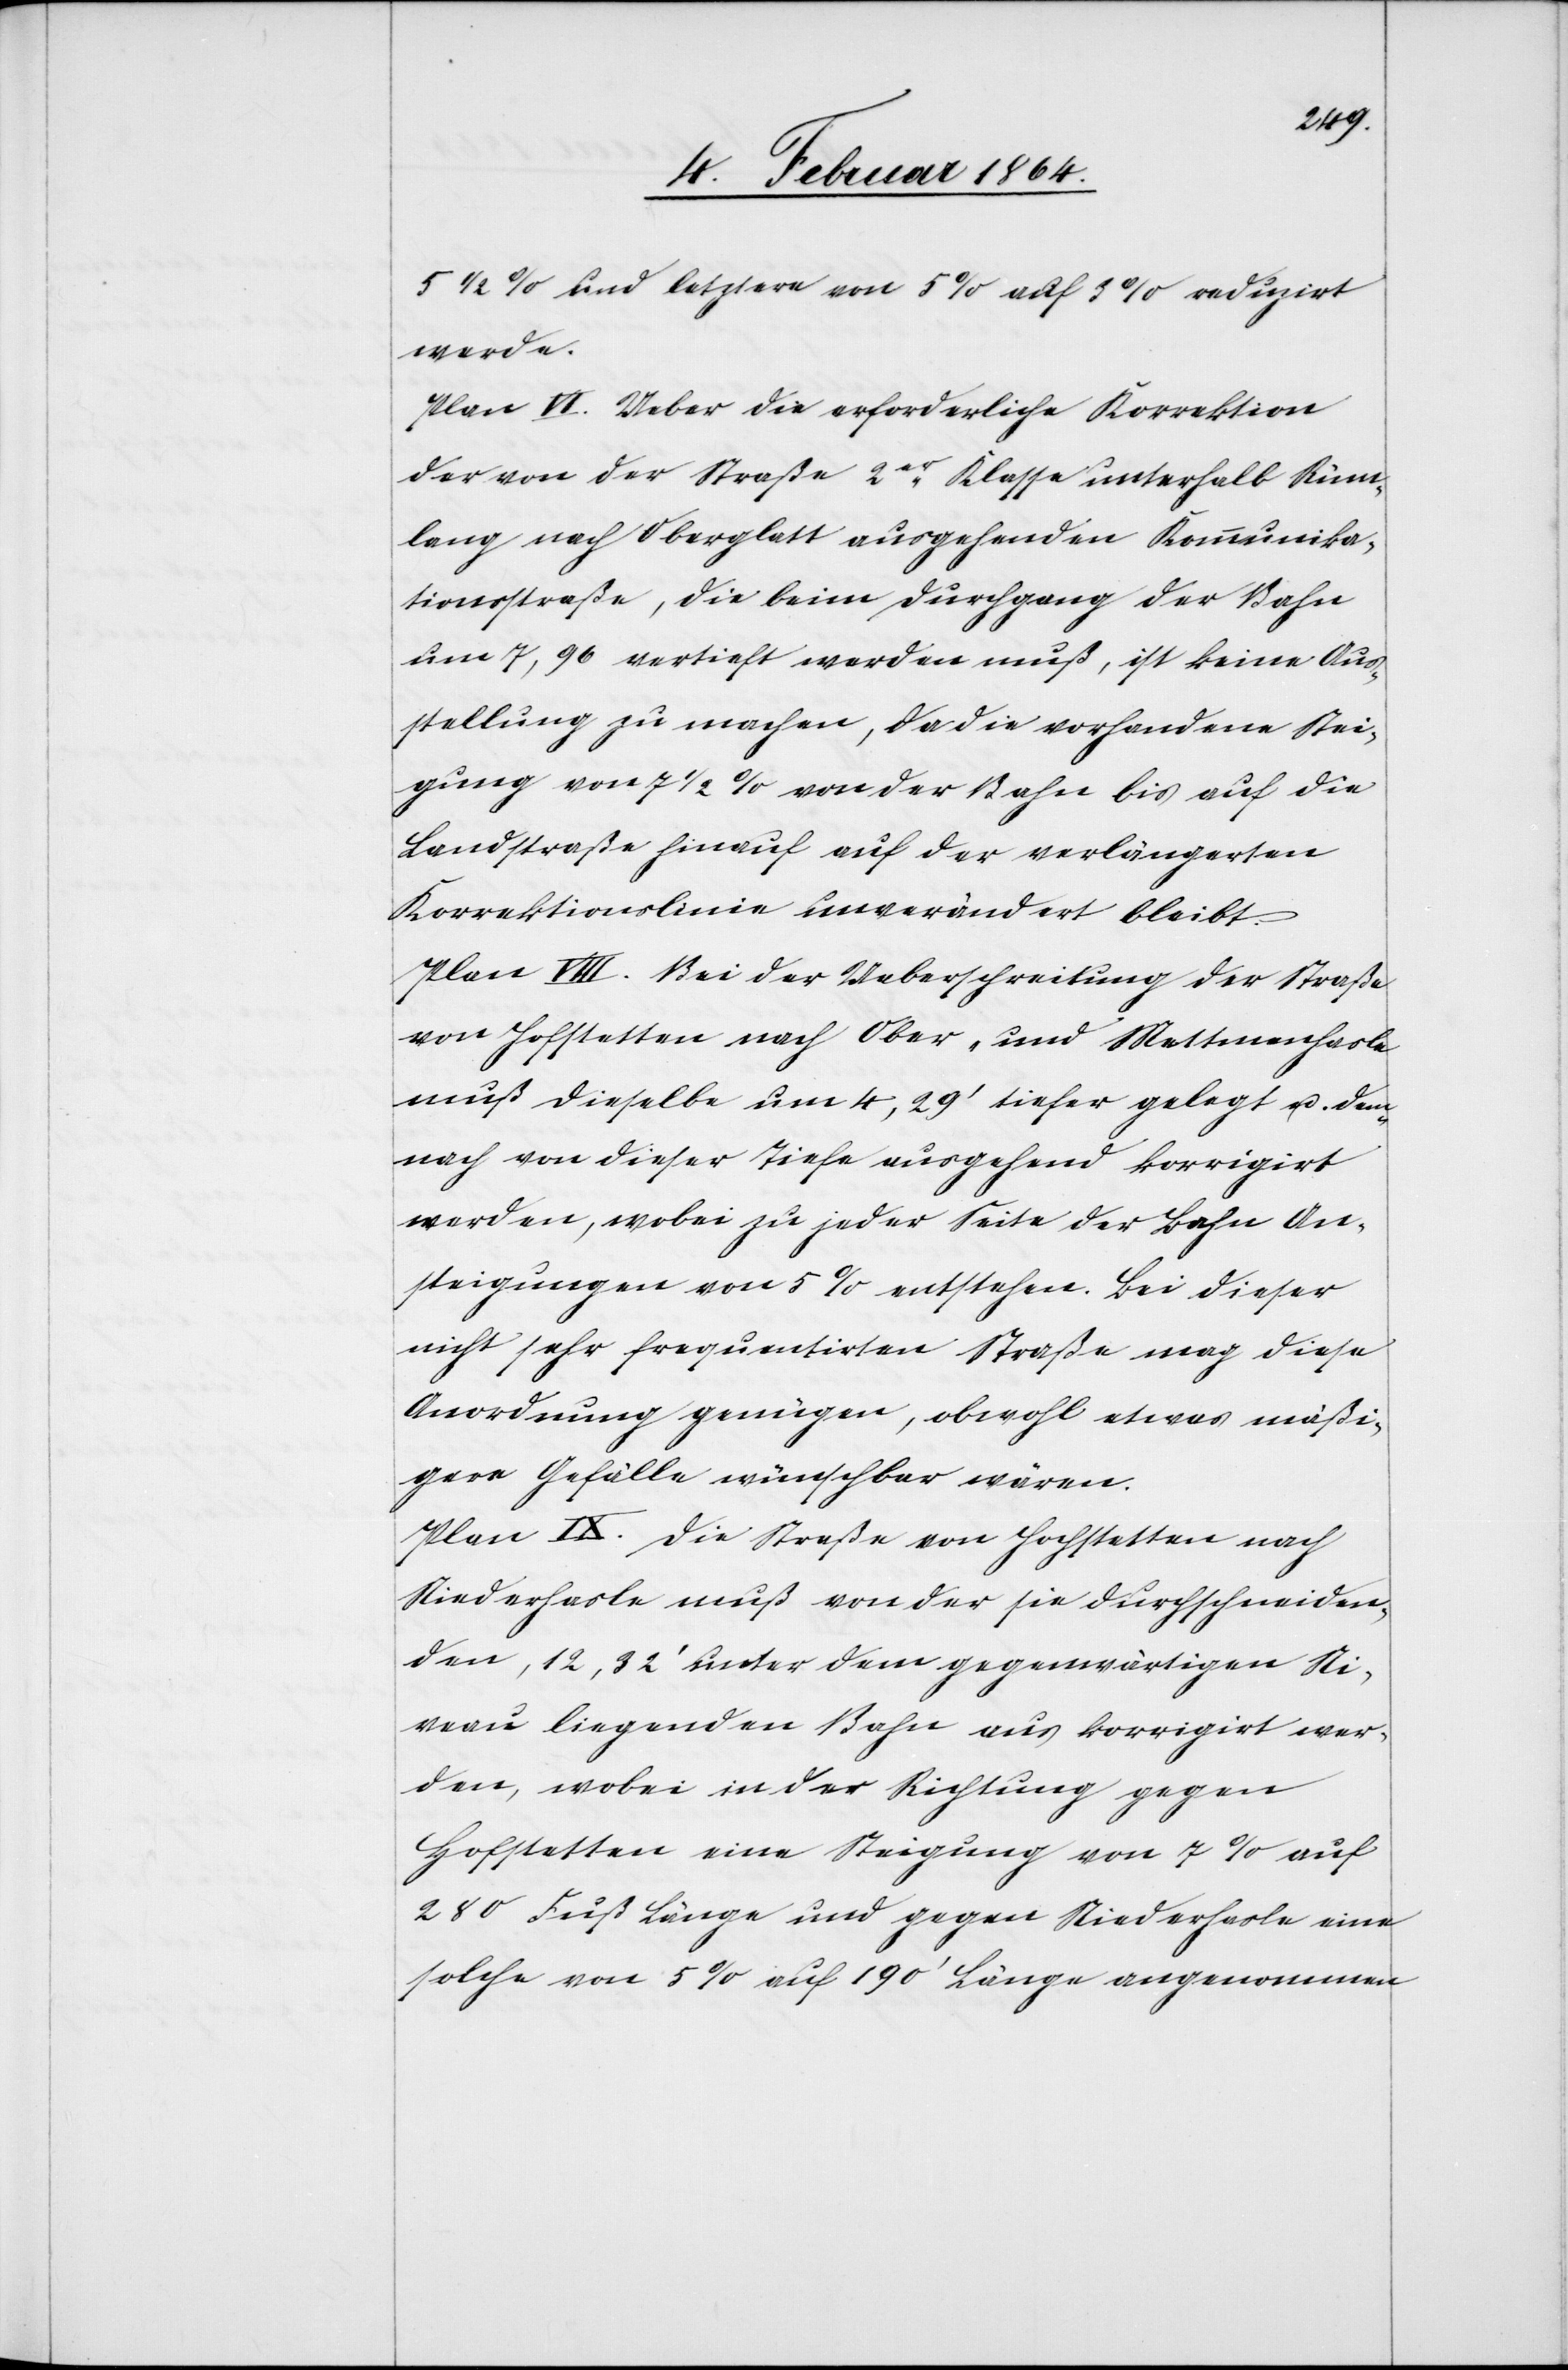
5 1/2% und letztere von 5% auf 3% reduzirt
werde.
Plan VI. Ueber die erforderliche Korrektion
der von der Straße 2er Klasse unterhalb Rüm¬
lang nach Oberglatt ausgehenden Kommunika¬
tionsstraße, die beim Durchgang der Bahn
um 7,96 vertieft werden muß, ist keine Aus¬
stellung zu machen, da die vorhandene Stei¬
gung von 7 1/2% von der Bahn bis auf die
Landstraße hinauf auf der verlängerten
Korrektionslinie unverändert bleibt.
Plan VIII. Bei der Ueberschreitung der Straße
von Hofstetten nach Ober- und Mettmenhasle
muß dieselbe um 4,29’ tiefer gelegt u. dem¬
nach von dieser Tiefe ausgehend korrigirt
werden, wobei zu jeder Seite der Bahn An¬
steigungen von 5% entstehen. Bei dieser
nicht sehr frequentirten Straße mag diese
Anordnung genügen, obwohl etwas mäßi¬
gere Gefälle wünschbar wären.
Plan IX. Die Straße von Hochstetten nach
Niederhasle muß von der sie durchschneiden¬
den, 12,32’ unter dem gegenwärtigen Ni¬
veau liegenden Bahn aus korrigirt wer¬
den, wobei in der Richtung gegen
Hofstetten eine Steigung von 7% auf
280 Fuß Länge und gegen Niederhasle eine
solche von 5% auf 190’ Länge angenommen